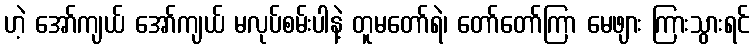
ဟဲ့ အော်ကျယ် အော်ကျယ် မလုပ်စမ်းပါနဲ့ တူမတော်ရဲ၊ တော်တော်ကြာ မေဖျား ကြားသွားရင်